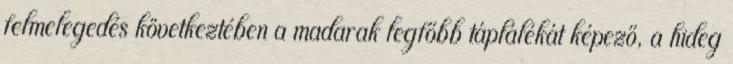
felmelegedés következtében a madarak legfőbb táplálékát képező, a hideg